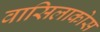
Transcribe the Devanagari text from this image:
वासिलाकोस